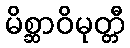
မိစ္ဆာဝိမုတ္တီ